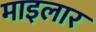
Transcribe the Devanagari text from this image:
माइलार